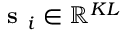
\textbf { s } _ { i } \in \mathbb { R } ^ { K L }